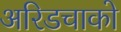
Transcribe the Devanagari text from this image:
अरिडचाको